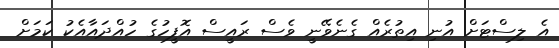
އެ ލިސްޓަށް އުނި އިތުރެއް ގެނެވޭނީ ވެސް ރައީސް އޮފީހުގެ ހުއްދައާއެކު ކަމަށް